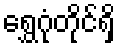
ရွှေဂုံတိုင်ရှိ